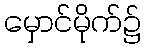
မှောင်မိုက်၌